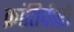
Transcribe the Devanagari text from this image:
क्रांतिवीरों